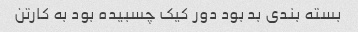
بسته بندی بد بود دور کیک چسبیده بود به کارتن